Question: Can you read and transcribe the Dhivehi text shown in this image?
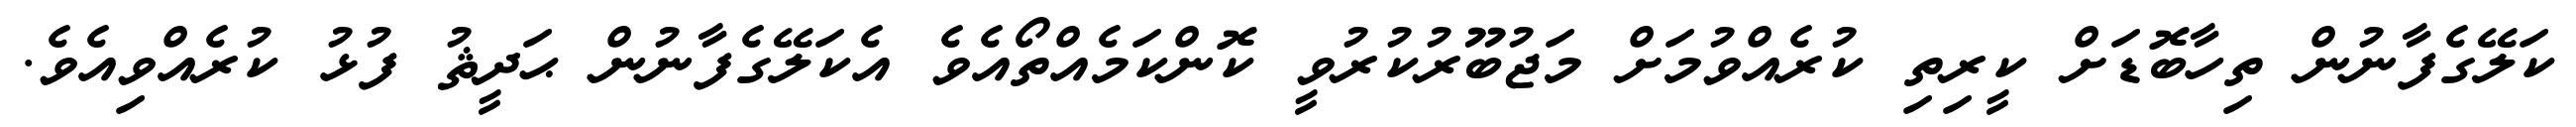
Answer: ކަލޭގެފާނުން ތިހާބޮޑަށް ކީރިތި ކުރެއްވުމަށް މަޖުބޫރުކުރުވީ ކޮންކަމެއްތޯއެވެ އެކަލޭގެފާނުން ޙަދީޘު ފުޅު ކުރެއްވިއެވެ.